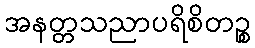
အနတ္တသညာပရိစိတဉ္စ